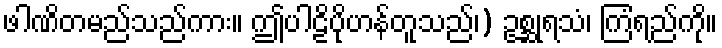
ဖါဏိတမည်သည်ကား။ ဤပါဠိပိုဟန်တူသည်၊) ဥစ္ဆုရသံ၊ ကြံရည်ကို။